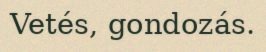
Vetés, gondozás.